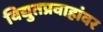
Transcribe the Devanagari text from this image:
विद्युतप्रवाहांवर